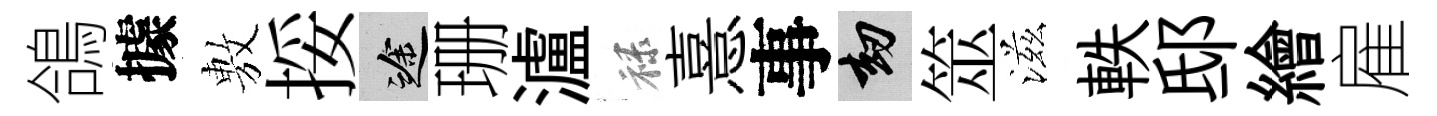
鴿據𢾾挼途珊瀘禄憙事劫筮滋軼邸繪雇